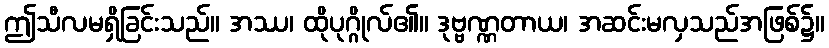
ဤသီလမရှိခြင်းသည်။ အဿ၊ ထိုပုဂ္ဂိုလ်၏။ ဒုဗ္ဗဏ္ဏတာယ၊ အဆင်းမလှသည်အဖြစ်၌။